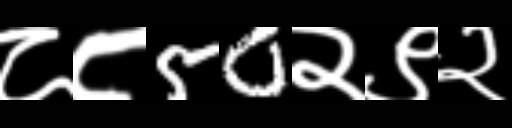
Text: ८८50२९२